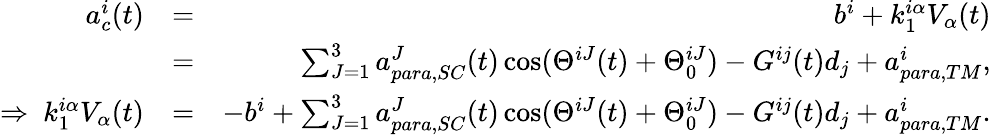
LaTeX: \begin{array}{rlr}{a_{c}^{i}(t)}&{=}&{b^{i}+k_{1}^{i\alpha}V_{\alpha}(t)}\\ &{=}&{\sum_{J=1}^{3}a_{para,SC}^{J}(t)\cos(\Theta^{iJ}(t)+\Theta_{0}^{iJ})-G^{ij}(t)d_{j}+a_{para,TM}^{i},}\\ {\Rightarrow\ k_{1}^{i\alpha}V_{\alpha}(t)}&{=}&{-b^{i}+\sum_{J=1}^{3}a_{para,SC}^{J}(t)\cos(\Theta^{iJ}(t)+\Theta_{0}^{iJ})-G^{ij}(t)d_{j}+a_{para,TM}^{i}.}\end{array}